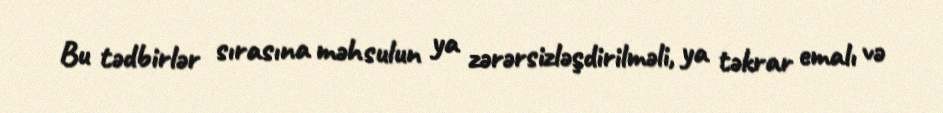
Bu tədbirlər sırasına məhsulun ya zərərsizləşdirilməli, ya təkrar emalı və